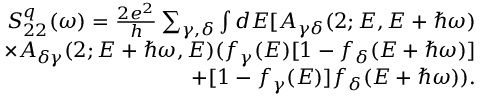
\begin{array} { r } { S _ { 2 2 } ^ { q } ( \omega ) = \frac { 2 e ^ { 2 } } { h } \sum _ { \gamma , \delta } \int d E [ A _ { \gamma \delta } ( 2 ; E , E + \hbar \omega ) } \\ { \times A _ { \delta \gamma } ( 2 ; E + \hbar \omega , E ) ( f _ { \gamma } ( E ) [ 1 - f _ { \delta } ( E + \hbar \omega ) ] } \\ { + [ 1 - f _ { \gamma } ( E ) ] f _ { \delta } ( E + \hbar \omega ) ) . } \end{array}